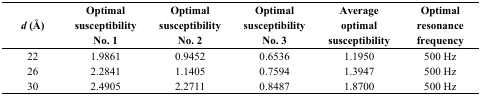
<table><thead><tr><td><b><i>d</i> (Å)</b></td><td><b>Optimal susceptibility No. 1</b></td><td><b>Optimal susceptibility No. 2</b></td><td><b>Optimal susceptibility No. 3</b></td><td><b>Average optimal susceptibility</b></td><td><b>Optimal resonance frequency</b></td></tr></thead><tbody><tr><td>22</td><td>1.9861</td><td>0.9452</td><td>0.6536</td><td>1.1950</td><td>500 Hz</td></tr><tr><td>26</td><td>2.2841</td><td>1.1405</td><td>0.7594</td><td>1.3947</td><td>500 Hz</td></tr><tr><td>30</td><td>2.4905</td><td>2.2711</td><td>0.8487</td><td>1.8700</td><td>500 Hz</td></tr></tbody></table>